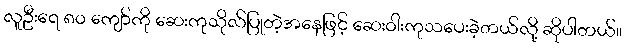
လူဦးရေ ၈၀ ကျော်ကို ဆေးကုသိုလ်ပြုတဲ့အနေဖြင့် ဆေးဝါးကုသပေးခဲ့တယ်လို့ ဆိုပါတယ်။